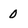
Character: 0